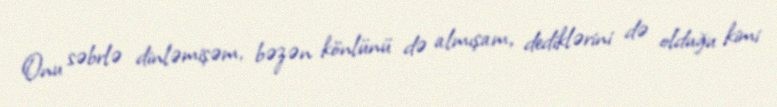
Onu səbrlə dinləmişəm, bəzən könlünü də almışam, dediklərini də olduğu kimi